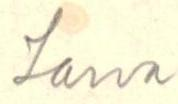
Larva